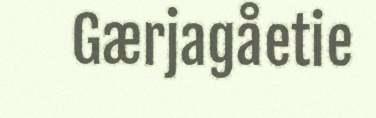
Gærjagåetie